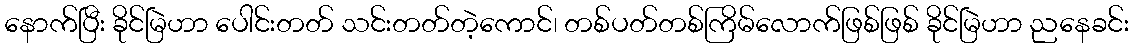
နောက်ပြီး ခိုင်မြဲဟာ ပေါင်းတတ် သင်းတတ်တဲ့ကောင်၊ တစ်ပတ်တစ်ကြိမ်လောက်ဖြစ်ဖြစ် ခိုင်မြဲဟာ ညနေခင်း